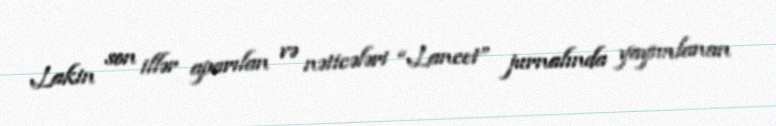
Lakin son illər aparılan və nəticələri “Lancet” jurnalında yayımlanan